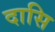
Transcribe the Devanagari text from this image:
दासि